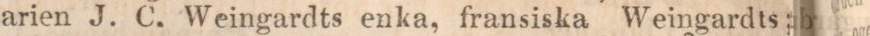
arien J. C. Weingardts enka, fransiska Weingardts;